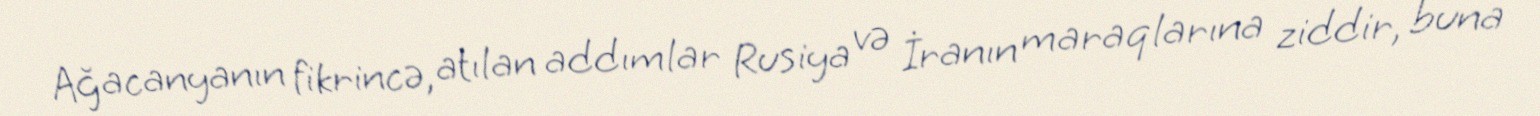
Ağacanyanın fikrincə, atılan addımlar Rusiya və İranın maraqlarına ziddir, buna